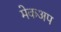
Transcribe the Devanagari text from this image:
मेकअप